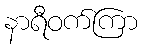
နာရီဝက်ကြာ